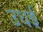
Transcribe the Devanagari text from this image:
उधई